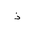
Letter: _thal